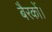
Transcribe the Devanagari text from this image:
बैरकों।